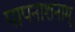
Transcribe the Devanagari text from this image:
पापनाशनाम्